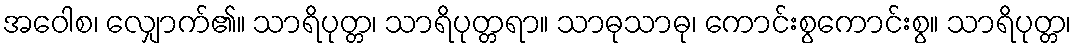
အဝေါစ၊ လျှောက်၏။ သာရိပုတ္တ၊ သာရိပုတ္တရာ။ သာဓုသာဓု၊ ကောင်းစွကောင်းစွ။ သာရိပုတ္တ၊